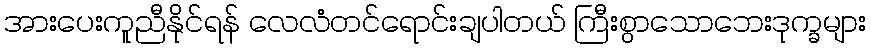
အားပေးကူညီနိုင်ရန် လေလံတင်ရောင်းချပါတယ် ကြီးစွာသောဘေးဒုက္ခများ